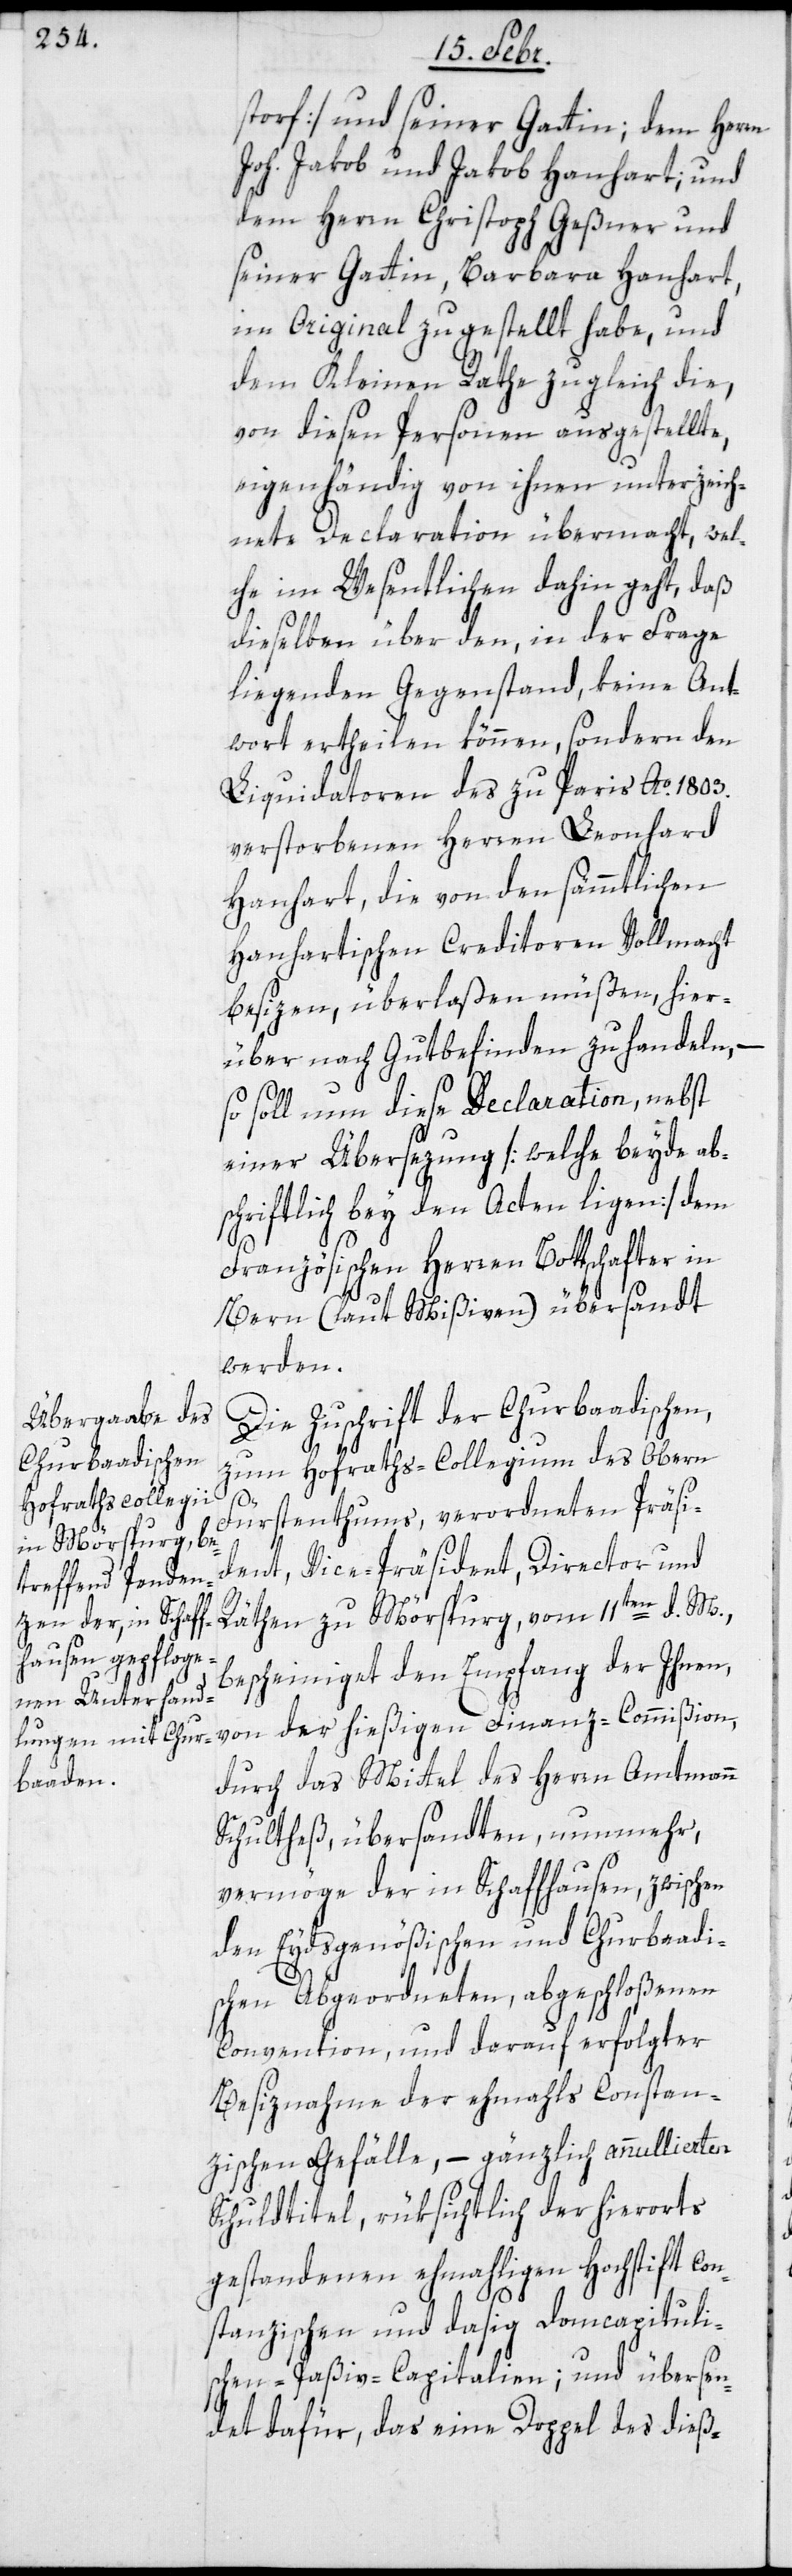
storf] und seiner Gattin; dem Herrn
Joh. Jakob und Jakob Hanhart; und
dem Herrn Christoph Geßner und
seiner Gattin, Barbara Hanhart,
im Original zugestellt habe, und
dem Kleinen Rathe zugleich die,
von diesen Personen ausgestellte,
eigenhändig von ihnen unterzeich¬
nete Declaration übermacht, wel¬
che im Wesentlichen dahin geht, daß
dieselben über den, in der Frage
liegenden Gegenstand, keine Ant¬
wort ertheilen können, sondern den
Liquidatoren des zu Paris Ao. 1803.
verstorbenen Herrn Leonhard
Hanhart, die von den sämmtlichen
Hanhartischen Creditoren Vollmacht
besizen, überlaßen müßen, hier¬
über nach Gutbefinden zu handeln, –
so soll nun diese Declaration, nebst
einer Übersezung [welche beyde ab¬
schriftlich bey den Acten ligen] dem
Französischen Herren Bottschafter in
Bern (laut Mißiven) übersandt
werden.
Die Zuschrift der Churbaadischen,
zum Hofraths-Collegium des Obern
Fürstentums, verordneten Präsi¬
dent, Vice-Präsident, Director und
Räthen zu Mörspurg, vom 11ten d. M.,
bescheiniget den Empfang der Ihnen,
von der hießigen Finanz-Commißion,
durch das Mittel des Herren Amtmann
Schultheß übersandten, nunmehr,
vermöge der in Schaffhausen, zwischen
den Eydsgenößischen und Churbaadi¬
schen Abgeordneten, abgeschloßenen
Convention, und darauf erfolgter
Besiznahme der ehemals Constan¬
zischen Gefälle, – gänzlich annullierten
Schuldtitel, rüksichtlich der hierorts
gestandenen ehemahligen Hochstift con¬
stanzischen und dasig domcapituli¬
schen-Paßiv-Capitalien; und übersen¬
det dafür, das eine Doppel des dieß-